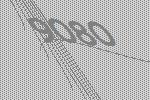
9080